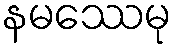
နမဿေမု